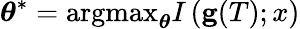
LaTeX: \boldsymbol{\theta}^{*}=\mathrm{argmax}_{\boldsymbol{\theta}}I\left(\mathbf{g}(T);x\right)